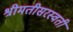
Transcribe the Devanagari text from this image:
श्रीमतीसरस्‍वती